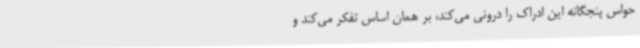
حواس پنجگانه این ادراک را درونی می‌کند، بر همان اساس تفکر می‌کند و